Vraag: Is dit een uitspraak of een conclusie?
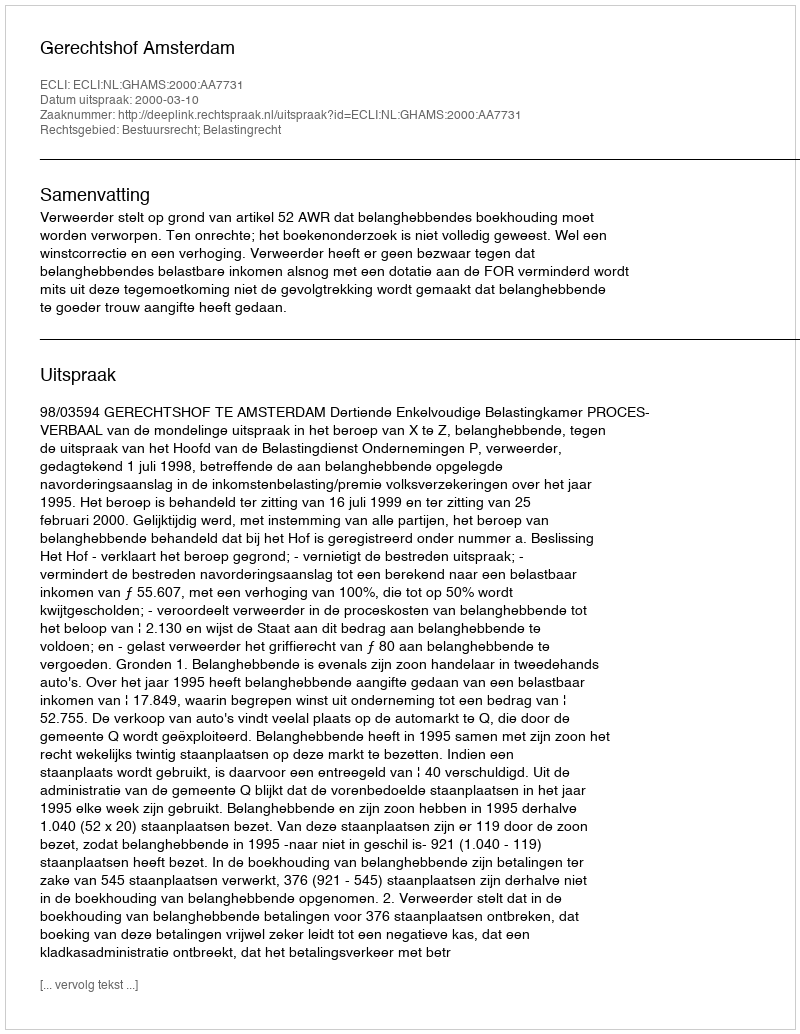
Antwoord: Uitspraak